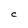
Character: C